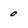
Character: 0